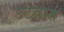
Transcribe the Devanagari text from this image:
उटतात